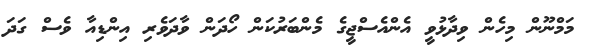
މަމްނޫން މިހެން ވިދާޅުވީ އެންއެސްޖީގެ މެންބަރުކަން ހޯދަން ވާދަވެރި އިންޑިއާ ވެސް ގަދަ